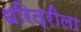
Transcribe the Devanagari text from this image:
धरित्रीला